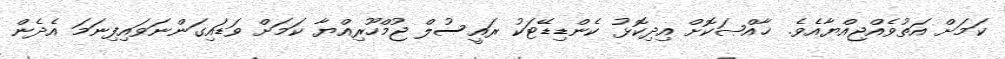
ކަމަށް އަތުވެއްޖިއްޔާއެވެ. ޚާއްޞަކޮށް އިދިކޮޅު ކެންޑިޑޭޓަކު ރައީސުލް ޖުމްހޫރިއްޔާ ކަމަށް ވަޑައިގަންނަވައިފިނަމަ އެދެން